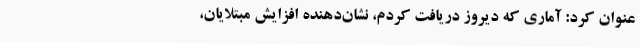
عنوان کرد: آماری که دیروز دریافت کردم، نشان‌دهنده افزایش مبتلایان،